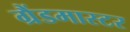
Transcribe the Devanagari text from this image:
ग्रैंडमास्‍टर